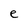
Character: e